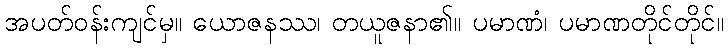
အပတ်ဝန်းကျင်မှ။ ယောဇနဿ၊ တယူဇနာ၏။ ပမာဏံ၊ ပမာဏတိုင်တိုင်။